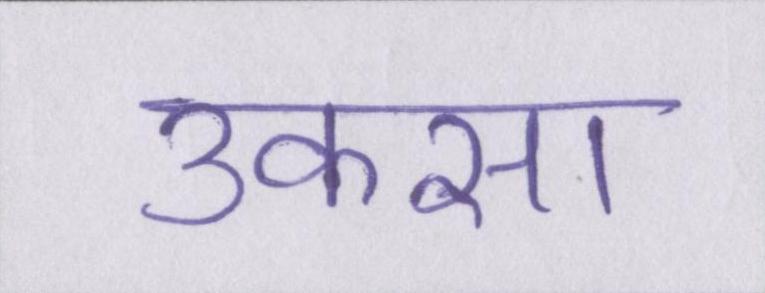
उकसा